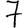
Digit: 7